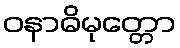
ဝနာဓိမုတ္တော